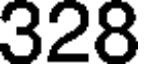
328